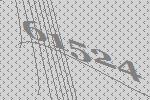
61524